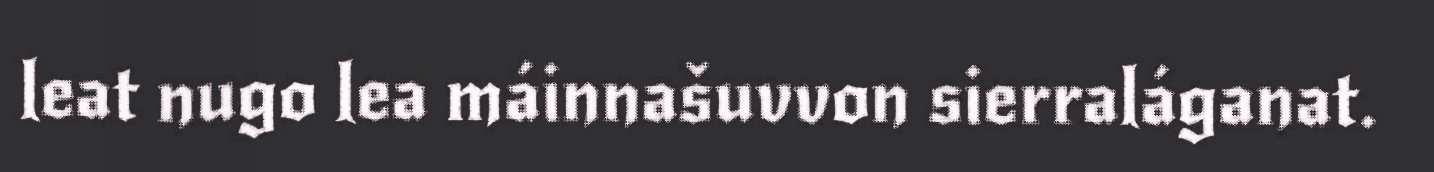
leat nugo lea máinnašuvvon sierraláganat.